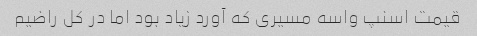
قیمت اسنپ واسه مسیری که آورد زیاد بود اما در کل راضیم